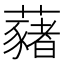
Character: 藸